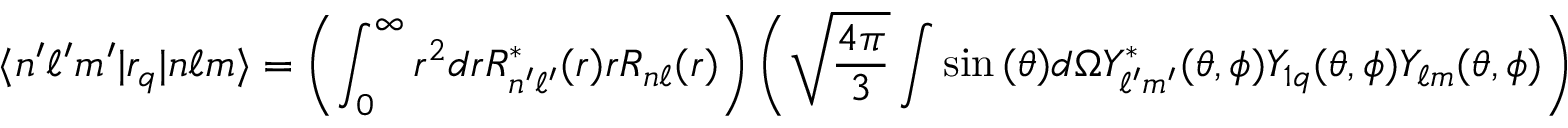
\langle n ^ { \prime } \ell ^ { \prime } m ^ { \prime } | r _ { q } | n \ell m \rangle = \left( \int _ { 0 } ^ { \infty } r ^ { 2 } d r R _ { n ^ { \prime } \ell ^ { \prime } } ^ { * } ( r ) r R _ { n \ell } ( r ) \right) \left( { \sqrt { \frac { 4 \pi } { 3 } } } \int \sin { ( \theta ) } d \Omega Y _ { \ell ^ { \prime } m ^ { \prime } } ^ { * } ( \theta , \phi ) Y _ { 1 q } ( \theta , \phi ) Y _ { \ell m } ( \theta , \phi ) \right)